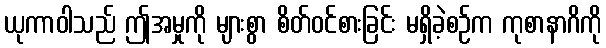
ယုကာဝါသည် ဤအမှုကို များစွာ စိတ်ဝင်စားခြင်း မရှိခဲ့စဉ်က ကုစာနာဂိကို